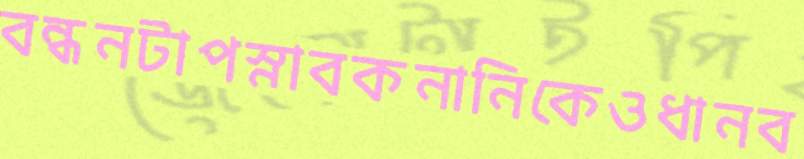
বন্ধনটাপস্নাবকনানিকেওধানব